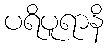
ပရိပူရာနိ